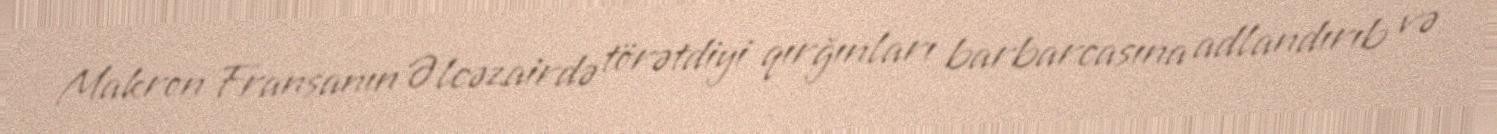
Makron Fransanın Əlcəzairdə törətdiyi qırğınları barbarcasına adlandırıb və